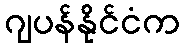
ဂျပန်နိုင်ငံက